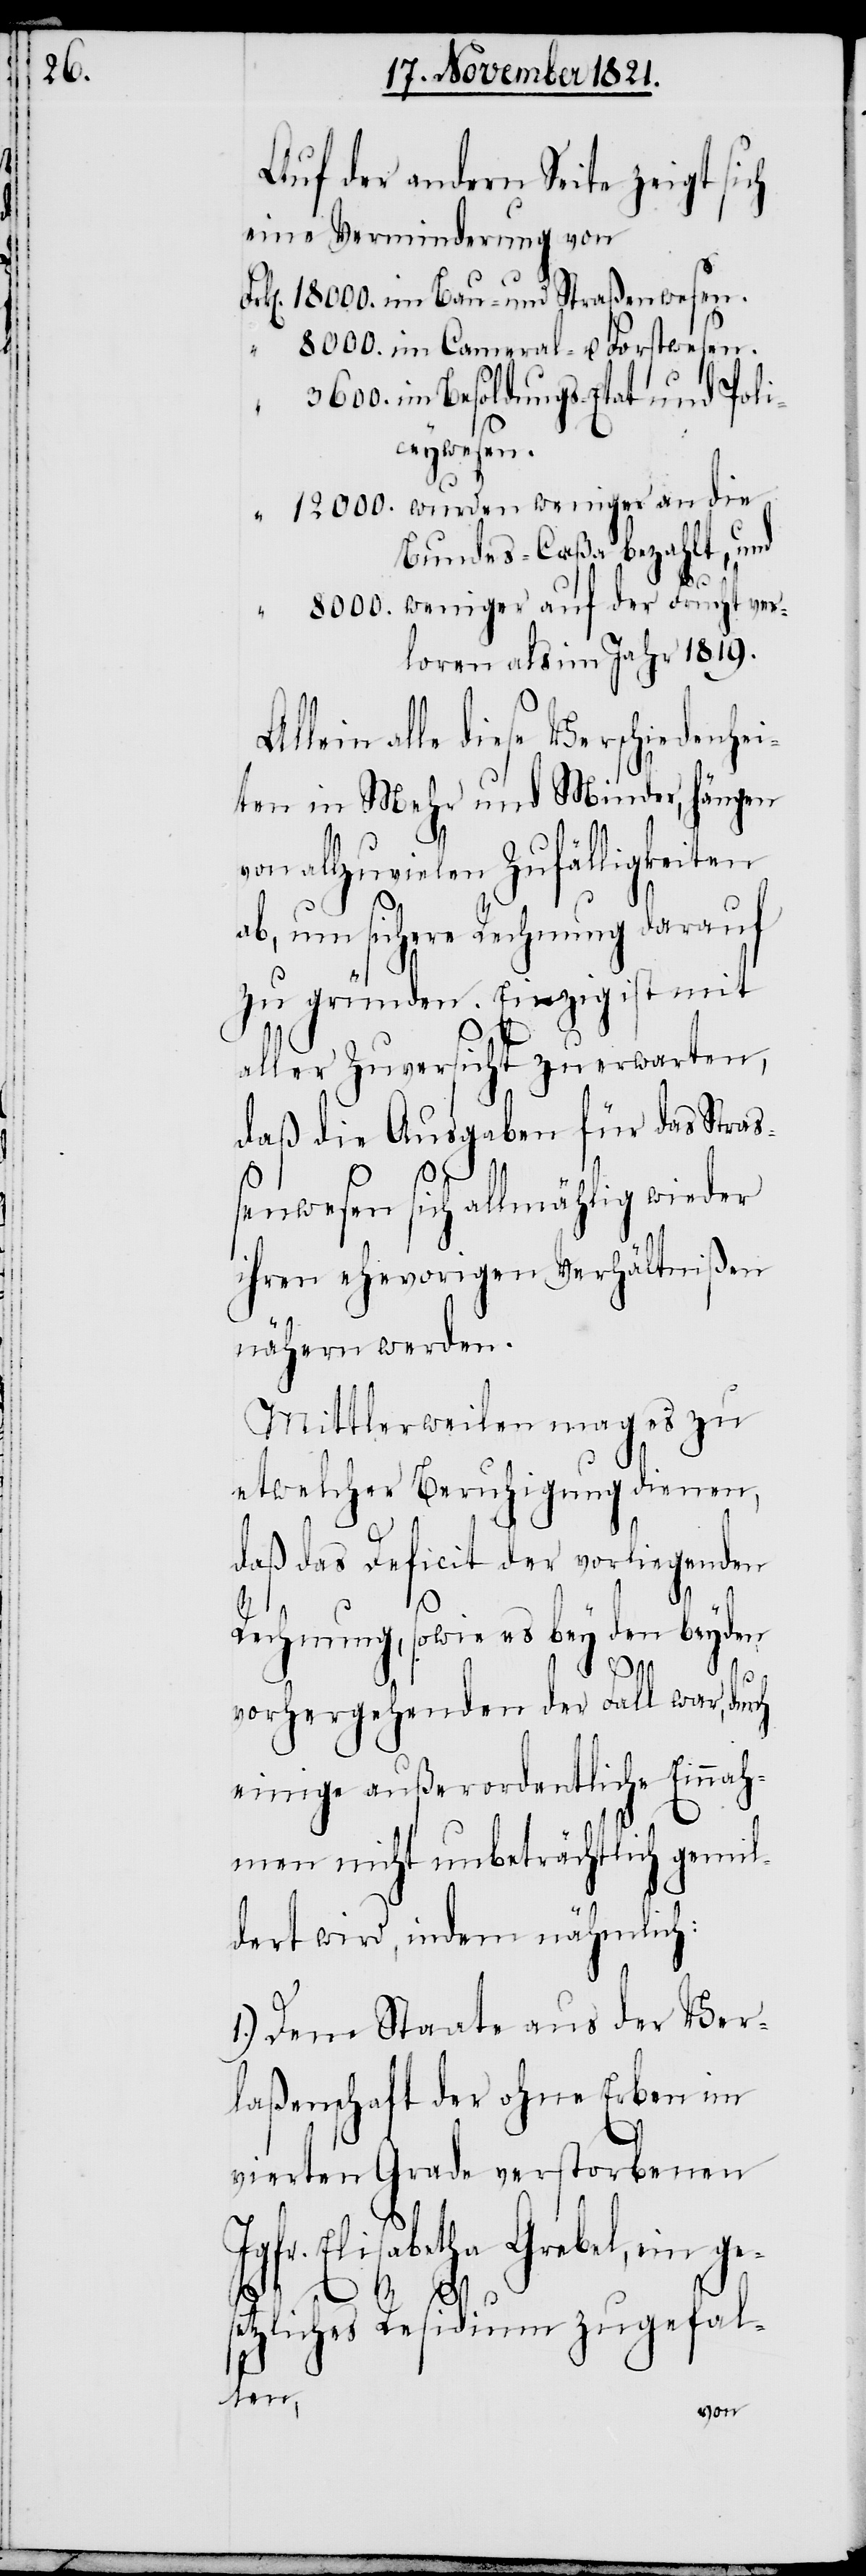
Auf der andern Seite zeigt sich
eine Verminderung von
im Besoldungs-Etat und Poli¬
ceywesen.
an
Bundes-Caßa bezahlt, und
loren als im Jahr 1819.
llein alle diese Verschiedenhei¬
ten in Mehr und Minder, hängen
von allzuvielen Zufälligkeiten
ab, um sichere Rechnung darauf
zu gründen. Einzig ist mit
aller Zuversicht zu erwarten,
daß die Ausgaben für das Straß¬
enwesen sich allmählich wieder
ihren ehevorigen Verhältnißen
nähern werden.
Mittlerweilen mag es zu
etwelcher Beruhigung dienen,
daß das Deficit der vorliegenden
A¬
Rechnung, sowie es bey den beyden
8000.
vorhergehenden der Fall war, durch
einige außerordentliche Einnah¬
men nicht unbeträchtlich gemil¬
dert wird, indem nähmlich:
1.) Dem Staate aus der Ver¬
laßenschaft der ohne Erben im
vierten Grade verstorbenen
Jgfr. Elisabetha Grebel, ein ges¬
etzliches Residium zugefal¬
len,